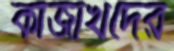
কাজাখদের